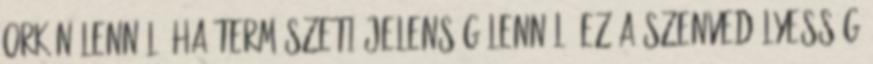
orkán lennél, ha természeti jelenség lennél- ez a szenvedélyesség